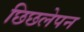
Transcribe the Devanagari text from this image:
छिछलेपन